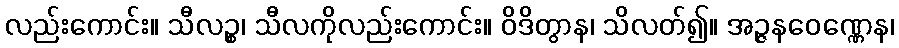
လည်းကောင်း။ သီလဉ္စ၊ သီလကိုလည်းကောင်း။ ဝိဒိတွာန၊ သိလတ်၍။ အဉ္ဇနဝေဏ္ဏေန၊